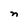
Character: n